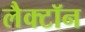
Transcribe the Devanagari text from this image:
लैक्टॉन